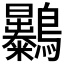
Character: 𪈚